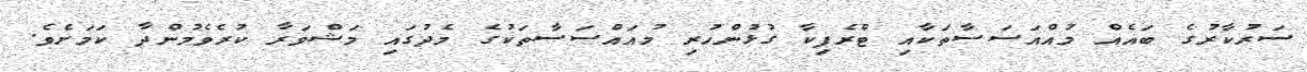
ސަރުކާރުގެ ބައެއް މުއްއަސަސާތަކާއި ޓްރެފިކާ ގުޅުންހުރި މުއައްސަަސާތަކުގެ މެދުގައި މަޝްވަރާ ކުރެވެމުންދާ ކަމަށެވެ.